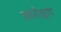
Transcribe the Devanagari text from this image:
खानीछाप